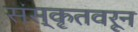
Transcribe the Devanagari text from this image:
संस्कृतवरून